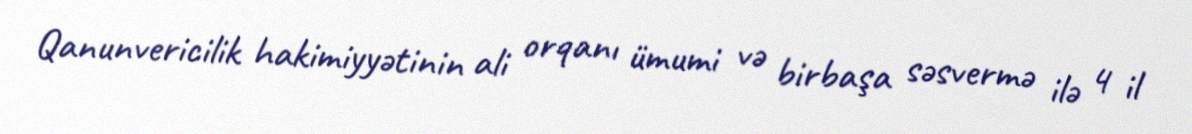
Qanunvericilik hakimiyyətinin ali orqanı ümumi və birbaşa səsvermə ilə 4 il